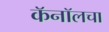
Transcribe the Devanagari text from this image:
कॅनॉलचा